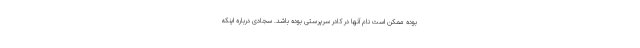
بوده ممکن است نام آنها در کادر سرپرستی بوده باشد. سجادی درباره اینکه